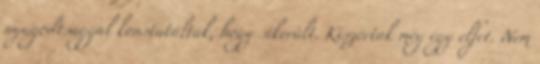
nyugodtsággal konstatálták, hogy sikerült. Kiszórtak még egy elfet. Nem